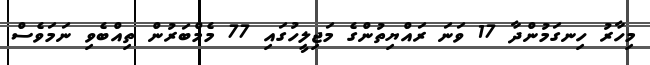
މިހާރު ހިނގަމުންދާ 17 ވަނަ ރައްޔިތުންގެ މަޖިލީހުގައި 77 މެމްބަރުން ތިއްބެވި ނަމަވެސް